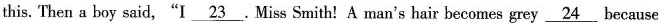
this. Then a boy said,"I \underline{23}.Miss Smith!A man's hair becomes grey \underline{24} because